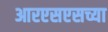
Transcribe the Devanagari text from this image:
आरएसएसच्या